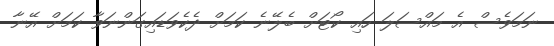
ނަމަވެސް އެ މައްސަލަ ހައި ކޯޓަށް ބެލޭނެ ކަމަށް ދެކެވަޑައިގަންނަވާ ކަމަށް އޭނާ